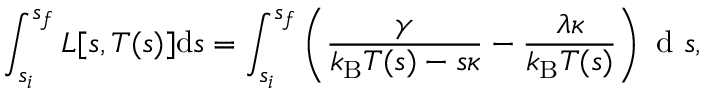
\int _ { s _ { i } } ^ { s _ { f } } L [ s , T ( s ) ] \mathrm { d } s = \int _ { s _ { i } } ^ { s _ { f } } \left( \frac { \gamma } { k _ { \mathrm { B } } T ( s ) - s \kappa } - \frac { \lambda \kappa } { k _ { \mathrm { B } } T ( s ) } \right) \textrm { d } s ,